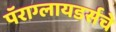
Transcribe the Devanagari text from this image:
पॅराग्लायडर्सचे